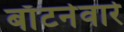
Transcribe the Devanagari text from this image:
बाँटनेवारे